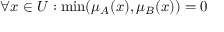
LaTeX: \forall x \in { U } : \operatorname* { m i n } ( \mu _ { A } ( x ) , \mu _ { B } ( x ) ) = 0